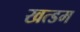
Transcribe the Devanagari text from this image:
खत्डम